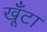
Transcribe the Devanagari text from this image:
खूँटा